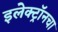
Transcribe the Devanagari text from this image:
इलेक्ट्रॉनचा